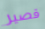
قصير